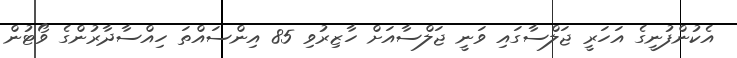
އެކުންފުނީގެ އަހަރީ ޖަލްސާގައި ވަނީ ޖަލްސާއަށް ހާޒިރުވި 85 އިންސައްތަ ހިއްސާދާރުންގެ ވޯޓުން